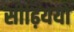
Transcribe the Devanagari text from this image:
सीढ़िययों